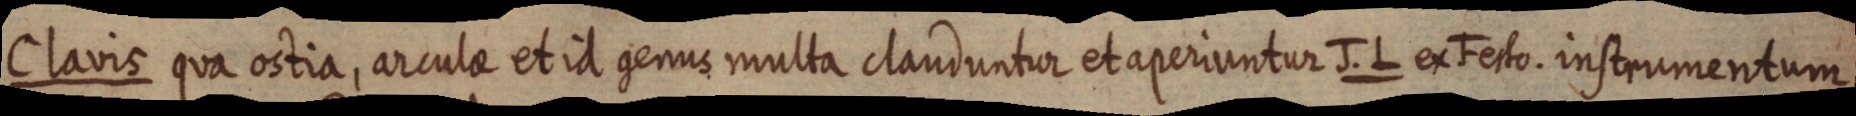
Clavis qua ostia, arculae et id genus multa clauduntur et aperiuntur J. L. ex Festo. instrumentum